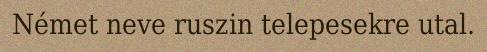
Német neve ruszin telepesekre utal.